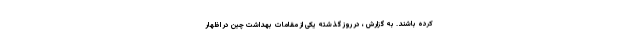
کرده باشند. به گزارش ، در روز گذشته یکی از مقامات بهداشت چین در اظهار